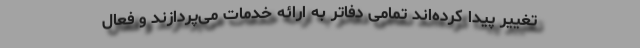
تغییر پیدا کرده‌اند تمامی دفاتر به ارائه خدمات می‌پردازند و فعال